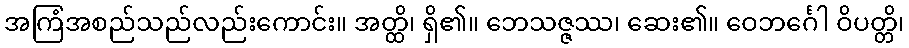
အကြံအစည်သည်လည်းကောင်း။ အတ္ထိ၊ ရှိ၏။ ဘေသဇ္ဇဿ၊ ဆေး၏။ ဝေဘင်္ဂေါ ဝိပတ္တိ၊